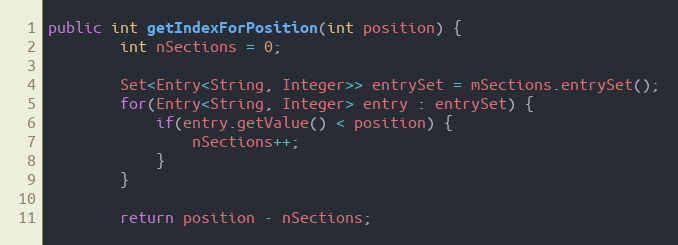
Language: Java
public int getIndexForPosition(int position) {
        int nSections = 0;

        Set<Entry<String, Integer>> entrySet = mSections.entrySet();
        for(Entry<String, Integer> entry : entrySet) {
            if(entry.getValue() < position) {
                nSections++;
            }
        }

        return position - nSections;